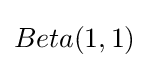
Beta(1,1)